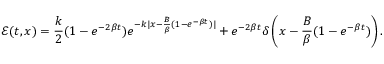
{ \mathcal E } ( t , x ) = \frac { k } { 2 } ( 1 - e ^ { - 2 \beta t } ) e ^ { - k | x - \frac { B } { \beta } ( 1 - e ^ { - \beta t } ) | } + e ^ { - 2 \beta t } \delta \left( x - \frac { B } { \beta } ( 1 - e ^ { - \beta t } ) \right) .